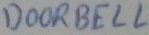
Text: DOORBELL